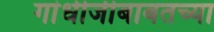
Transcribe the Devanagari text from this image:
गांधीजीबाबतच्या